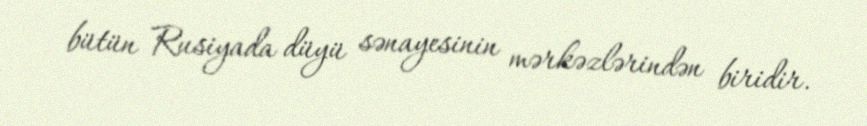
bütün Rusiyada düyü sənayesinin mərkəzlərindən biridir.